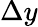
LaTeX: \Delta y